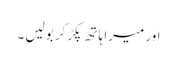
اور میرا ہاتھ پکڑ کر بولیں ۔